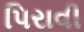
પિરાવી